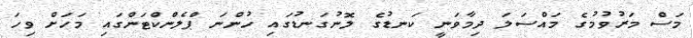
މަސް މަރުވުމުގެ މައްސަލަ ދިމާވަނީ ކަނޑުގެ ލޮނުގަނޑުގައި ހުންނަ ޕްލެންކްޓަންގައި މަހަށް ވިހަ